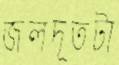
জলদূতটা